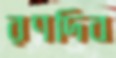
রণদিব